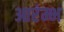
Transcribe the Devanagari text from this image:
आरंम्भ